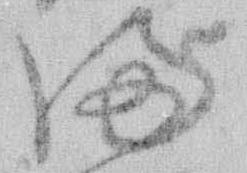
満